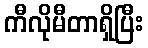
ကီလိုမီတာရှိပြီး